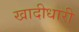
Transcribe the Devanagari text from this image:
खादीधारी